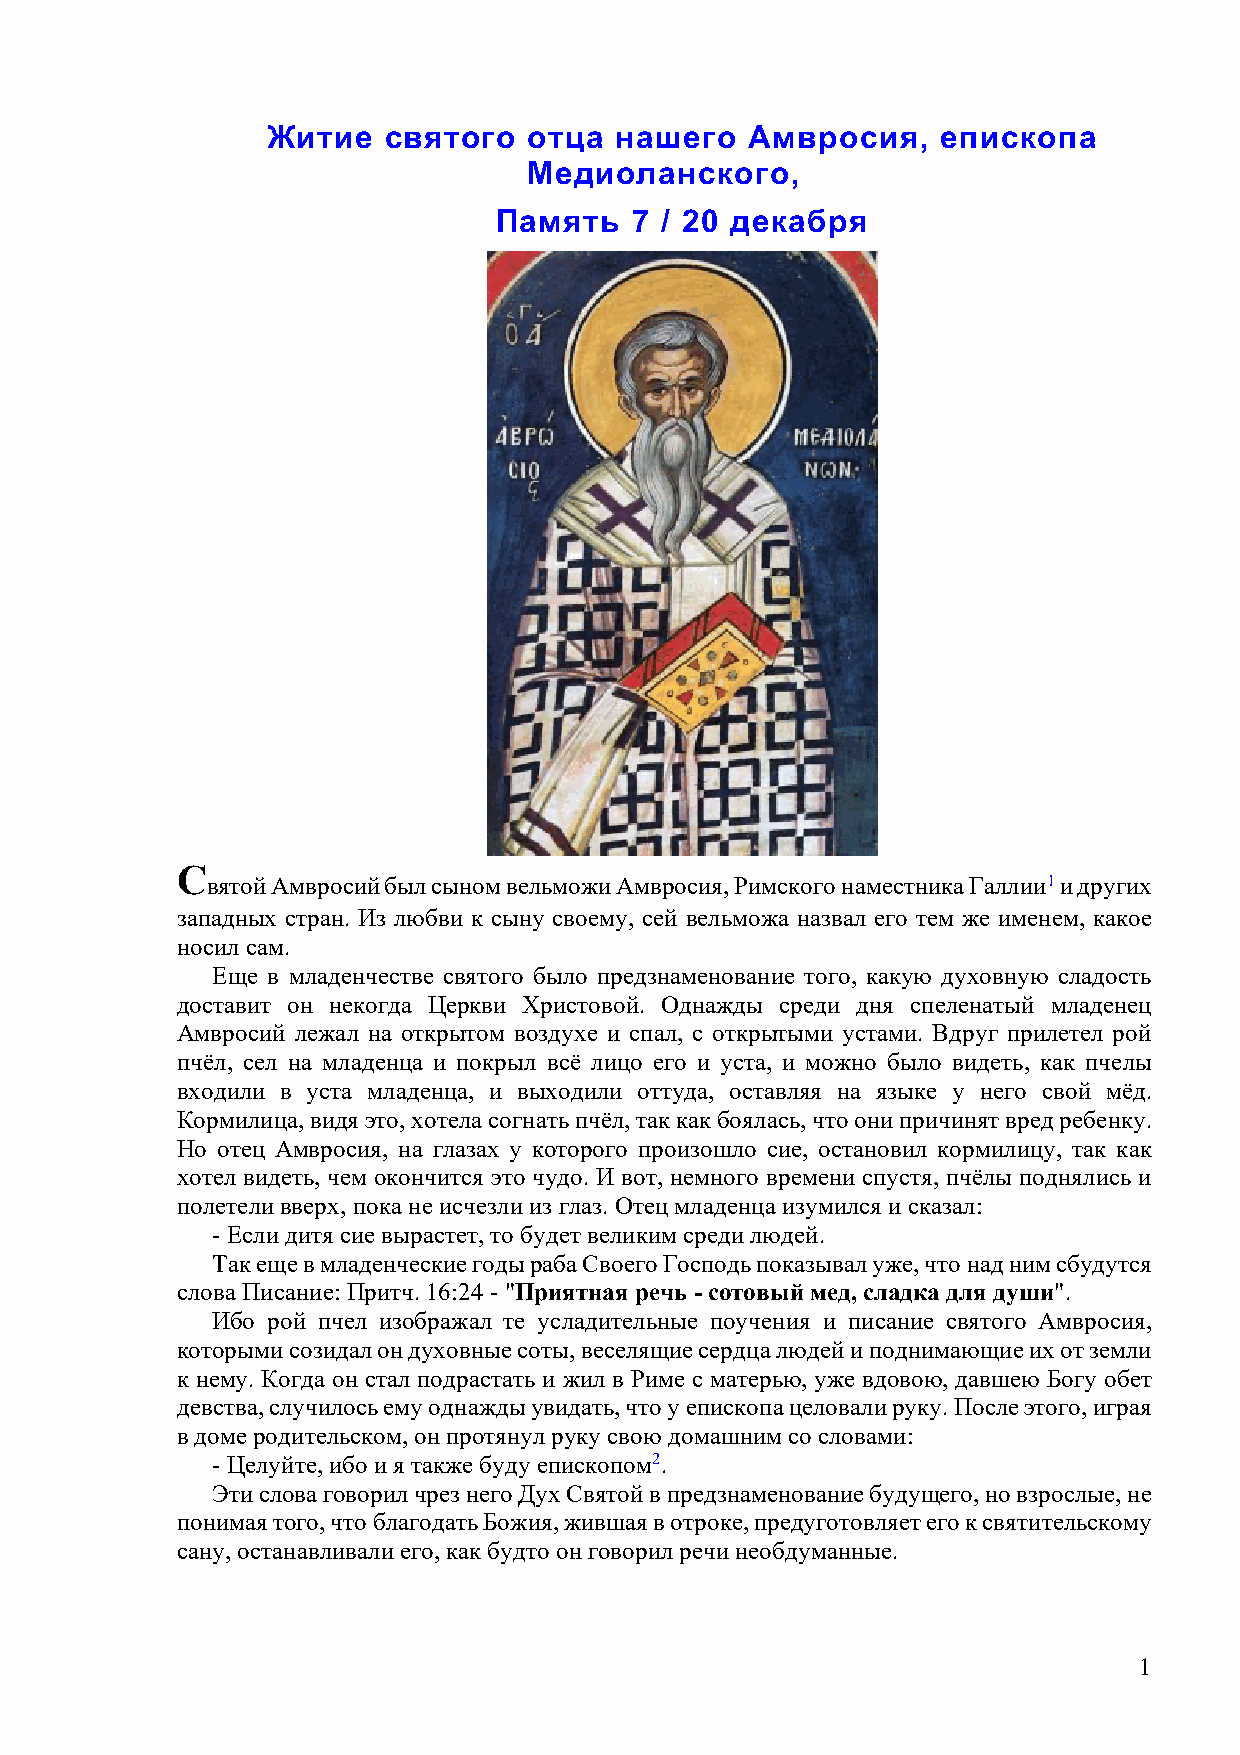
Житие  святого   отца  нашего   Амвросия,   епископа
 Медиоланского,
 Память   7 / 20 декабря
 С
 вятой Амвросий был сыном вельможи Амвросия, Римского наместника Галлии1 и других
 западных стран. Из любви к сыну своему, сей вельможа назвал его тем же именем, какое
 носил сам.
 Еще в младенчестве святого было предзнаменование того, какую духовную сладость
 доставит он некогда Церкви Христовой. Однажды среди дня спеленатый младенец
 Амвросий лежал на открытом воздухе и спал, с открытыми устами. Вдруг прилетел рой
 пчёл, сел на младенца и покрыл всё лицо его и уста, и можно было видеть, как пчелы
 входили в уста младенца, и выходили оттуда, оставляя на языке у него свой мёд.
 Кормилица, видя это, хотела согнать пчёл, так как боялась, что они причинят вред ребенку.
 Но отец Амвросия, на глазах у которого произошло сие, остановил кормилицу, так как
 хотел видеть, чем окончится это чудо. И вот, немного времени спустя, пчёлы поднялись и
 полетели вверх, пока не исчезли из глаз. Отец младенца изумился и сказал:
 - Если дитя сие вырастет, то будет великим среди людей.
 Так еще в младенческие годы раба Своего Господь показывал уже, что над ним сбудутся
 слова Писание: Притч. 16:24 - "Приятная речь - сотовый мед, сладка для души".
 Ибо рой пчел изображал те усладительные поучения и писание святого Амвросия,
 которыми созидал он духовные соты, веселящие сердца людей и поднимающие их от земли
 к нему. Когда он стал подрастать и жил в Риме с матерью, уже вдовою, давшею Богу обет
 девства, случилось ему однажды увидать, что у епископа целовали руку. После этого, играя
 в доме родительском, он протянул руку свою домашним со словами:
 - Целуйте, ибо и я также буду епископом2.
 Эти слова говорил чрез него Дух Святой в предзнаменование будущего, но взрослые, не
 понимая того, что благодать Божия, жившая в отроке, предуготовляет его к святительскому
 сану, останавливали его, как будто он говорил речи необдуманные.
 1